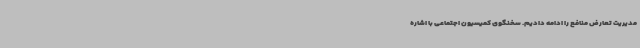
مدیریت تعارض منافع را ادامه دادیم. سخنگوی کمیسیون اجتماعی با اشاره